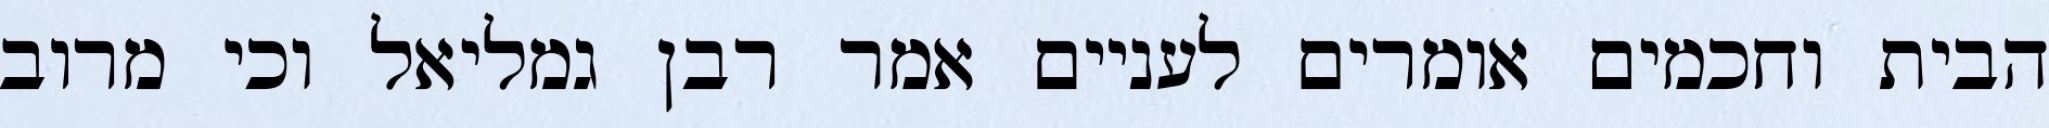
הבית וחכמים אומרים לעניים אמר רבן גמליאל וכי מרוב